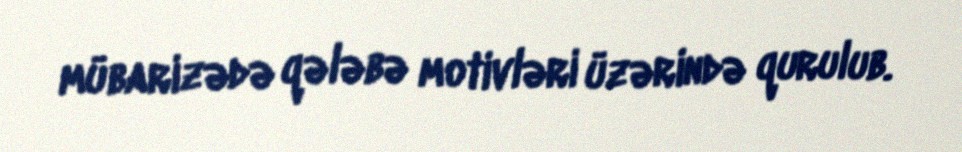
mübarizədə qələbə motivləri üzərində qurulub.